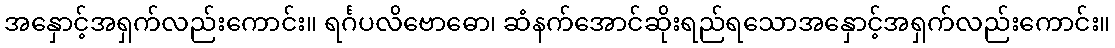
အနှောင့်အရှက်လည်းကောင်း။ ရင်္ဂပလိဗောဓော၊ ဆံနက်အောင်ဆိုးရည်ရသောအနှောင့်အရှက်လည်းကောင်း။